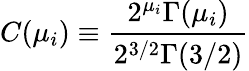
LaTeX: C(\mu_{i})\equiv{\frac{2^{\mu_{i}}\Gamma(\mu_{i})}{2^{3/2}\Gamma(3/2)}}